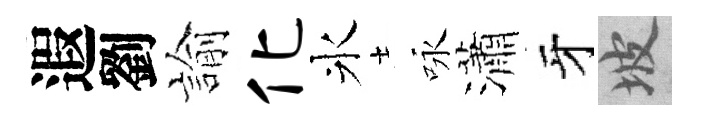
遐劉諭化氷咏瀟牙坡